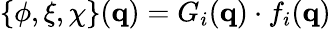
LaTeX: \{ \phi,\xi,\chi\} (\mathbf{q})=G_{i}(\mathbf{q})\cdot f_{i}(\mathbf{q})